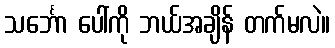
သင်္ဘော ပေါ်ကို ဘယ်အချိန် တက်မလဲ။